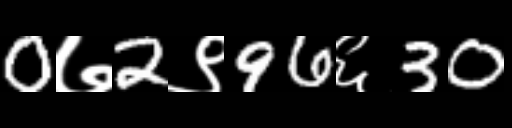
Text: 0७2९96६30